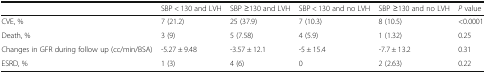
|  | SBP < 130 and LVH | SBP ≥130 and LVH | SBP < 130 and no LVH | SBP ≥130 and no LVH | P value |
 | --- | --- | --- | --- | --- | --- |
 | CVE, % | 7 (21.2) | 25 (37.9) | 7 (10.3) | 8 (10.5) | <0.0001 |
 | Death, % | 3 (9) | 5 (7.58) | 4 (5.9) | 1 (1.32) | 0.25 |
 | Changes in GFR during follow up (cc/min/BSA) | -5.27 ± 9.48 | -3.57 ± 12.1 | -5 ± 15.4 | -7.7 ± 13.2 | 0.31 |
 | ESRD, % | 1 (3) | 4 (6) | 0 | 2 (2.63) | 0.22 |